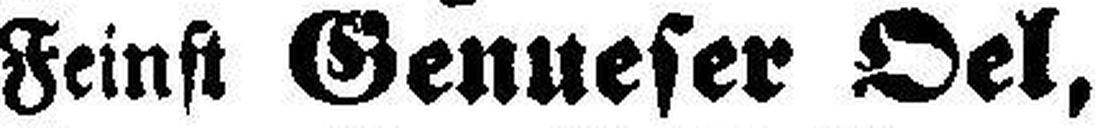
Feinst Genueser Oel,